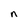
Character: n